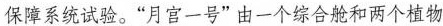
保障系统试验。”月宫一号”由一个综合舱和两个植物